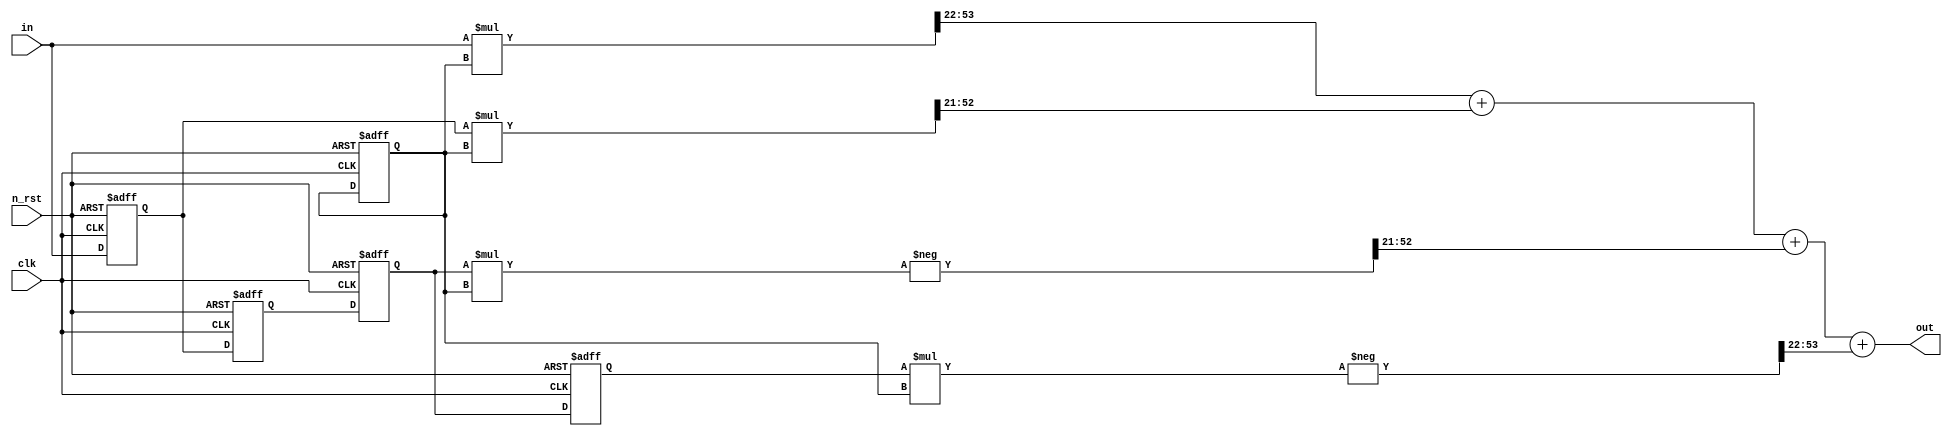
module Diffrentiator(
  input clk, n_rst,
  input  [31:0] in,
  output [31:0] out);
  
  reg [31:0] Delay1, Delay2_1, Delay2_2, Delay3;     
  reg [31:0] CMULT;
  
  wire [31:0] Z1;
  wire [31:0] Z2;
  wire [31:0] Z3;
  wire [31:0] Z4;
  
  wire [31:0] S1;
  wire [31:0] S2;
  
  //Intermediate wires
  wire [63:0] I1;
  wire [63:0] I2;
  wire [63:0] I3;
  wire [63:0] I4;
  
  
  //Multiplication outputs
  assign I1 = (in * CMULT);
  assign Z1 = I1[54:22];
  assign I2 = (Delay1 * CMULT) <<1;
  assign Z2 = I2[54:22];
  assign I3 = -(Delay2_2 * CMULT) <<1;
  assign Z3 = I3[54:22];  
  assign I4 = -(Delay3 * CMULT);
  assign Z4 = I4[54:22];
  
  //Addition outputs
  assign S1 = Z1 + Z2;
  assign S2 = S1 + Z3;
  assign out = S2 + Z4;
        
  
  //Fixed point arethmatic ( 10 bits -> integers
  //                         22 bits -> decimal ) 
  always @(posedge clk, negedge n_rst) begin
    if(!n_rst) begin
      CMULT <= 32'b0000000000_0011001101000000010100;  //0.2002
      Delay1   <= 0;
      Delay2_1 <= 0;    
      Delay2_2 <= 0;  //Take Delay2 output from here
      Delay3   <= 0;
    end
    else begin
      Delay1   <= in;
      Delay2_1 <= Delay1;
      Delay2_2 <= Delay2_1; 
      Delay3   <= Delay2_2;
     
    end
  end
endmodule